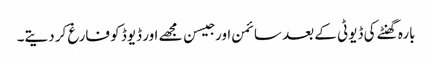
بارہ گھنٹے کی ڈیوٹی کے بعد سائمن اور جیسن مجھے اور ڈیوڈ کو فارغ کر دیتے۔